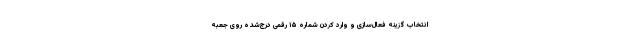
انتخاب گزینه فعال‌سازی و وارد کردن شماره ۱۵ رقمی درج‌شده روی جعبه